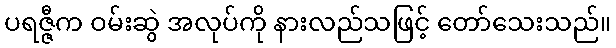
ပရဇ္ဇီက ဝမ်းဆွဲ အလုပ်ကို နားလည်သဖြင့် တော်သေးသည်။